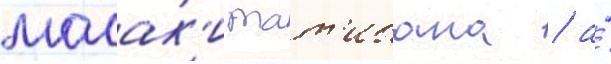
масак'и тат'ибана / а́